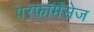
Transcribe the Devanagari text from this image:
परफॉर्मेंसेज